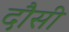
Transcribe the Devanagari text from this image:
दौसी